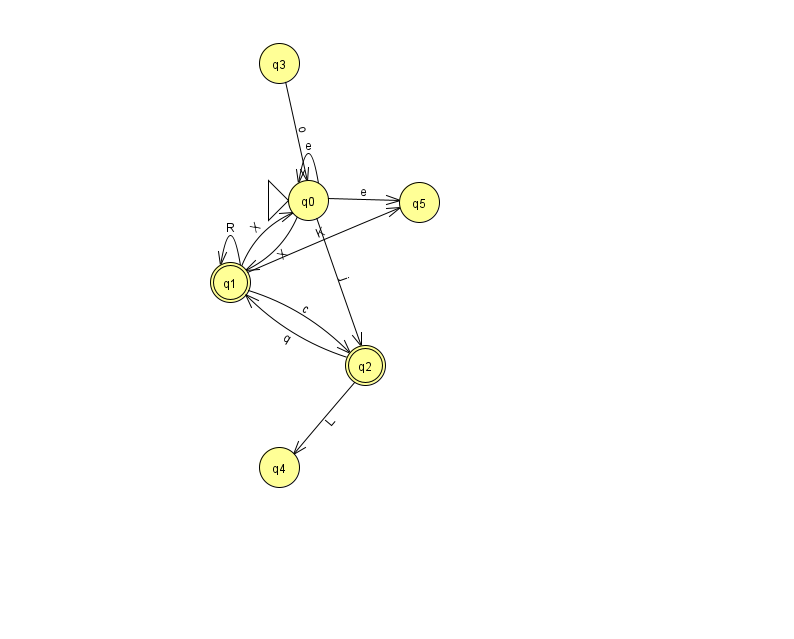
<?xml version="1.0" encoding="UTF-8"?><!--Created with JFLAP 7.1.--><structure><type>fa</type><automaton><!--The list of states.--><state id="0" name="q0"><x>308.0</x><y>187.0</y><initial/></state><state id="1" name="q1"><x>230.0</x><y>269.0</y><final/></state><state id="2" name="q2"><x>365.0</x><y>352.0</y><final/></state><state id="3" name="q3"><x>279.0</x><y>50.0</y></state><state id="4" name="q4"><x>279.0</x><y>454.0</y></state><state id="5" name="q5"><x>419.0</x><y>189.0</y></state><!--The list of transitions.--><transition><from>3</from><to>0</to><read>o</read></transition><transition><from>2</from><to>4</to><read>L</read></transition><transition><from>0</from><to>1</to><read>X</read></transition><transition><from>1</from><to>0</to><read>X</read></transition><transition><from>1</from><to>1</to><read>R</read></transition><transition><from>0</from><to>0</to><read>e</read></transition><transition><from>0</from><to>5</to><read>e</read></transition><transition><from>0</from><to>2</to><read>j</read></transition><transition><from>2</from><to>1</to><read>q</read></transition><transition><from>1</from><to>5</to><read>K</read></transition><transition><from>1</from><to>2</to><read>c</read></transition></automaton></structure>